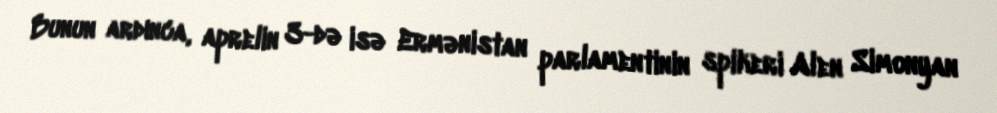
Bunun ardınca, aprelin 3-də isə Ermənistan parlamentinin spikeri Alen Simonyan